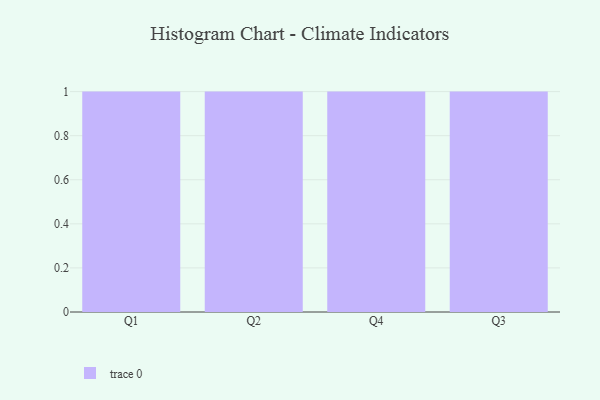
{"axis": {"x": "Quarter", "y": "Tickets Resolved"}, "legend": [""], "data": [{"x": "Q1", "y": 34, "type": ""}, {"x": "Q2", "y": 93, "type": ""}, {"x": "Q4", "y": 16, "type": ""}, {"x": "Q3", "y": 12, "type": ""}]}